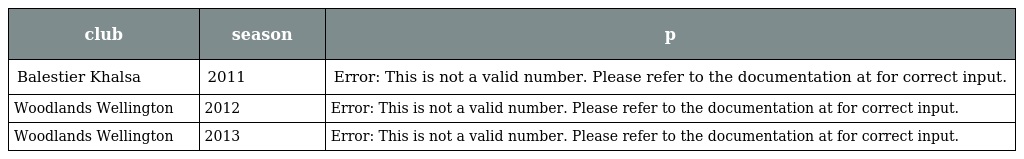
| club | season | p |
 | --- | --- | --- |
 | Balestier Khalsa | 2011 | Error: This is not a valid number. Please refer to the documentation at for correct input. |
 | Woodlands Wellington | 2012 | Error: This is not a valid number. Please refer to the documentation at for correct input. |
 | Woodlands Wellington | 2013 | Error: This is not a valid number. Please refer to the documentation at for correct input. |